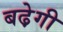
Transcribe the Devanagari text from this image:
बढे़गी